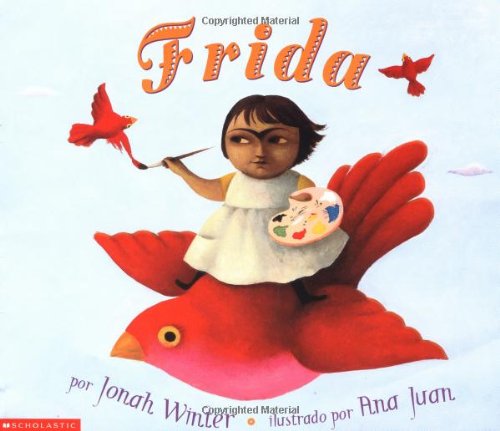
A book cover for Frida: (Spanish language edition) (Spanish Edition); Jonah Winter; Children's Books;